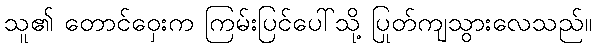
သူ၏ တောင်ဝှေးက ကြမ်းပြင်ပေါ်သို့ ပြုတ်ကျသွားလေသည်။